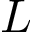
L